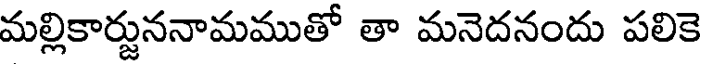
మల్లికార్జుననామముతో తా మనెదనందు పలికె